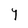
Character: Y